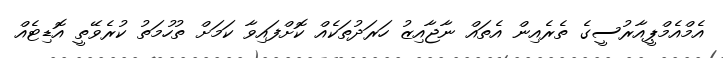
އެމްއެމްޕީއާރުސީގެ ތެރެއިން އެތައް ނާޖާއިޒު ހަރަދުތަކެއް ކޮށްފައިވާ ކަމަށް ތުހުމަތު ކުރެވޭތީ އޮޑިޓެއް